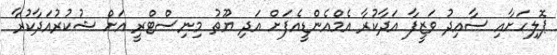
ޕޮލިހަށާއި ސާއިދު ވަޒީފާ އަދާކުރާ އެމްއެންޑީއެފަށް އަދި ޔޫތު މިނިސްޓްރީ އަށް ޝުކުރުއަދާކުރާ